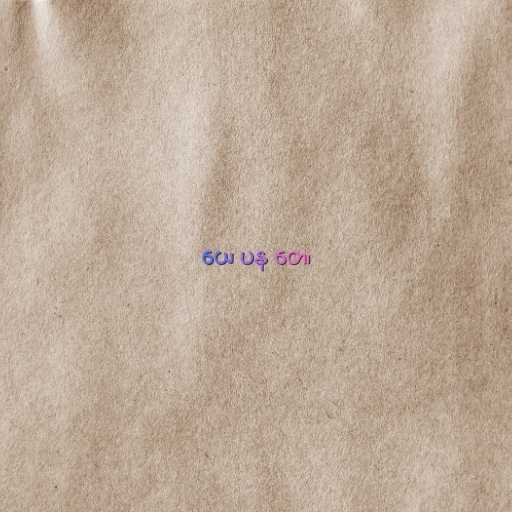
ယေ ပန တေ၊